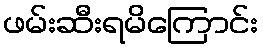
ဖမ်းဆီးရမိကြောင်း